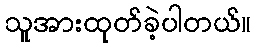
သူအားထုတ်ခဲ့ပါတယ်။